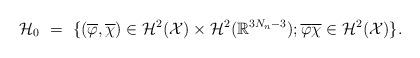
LaTeX: \begin{align*}{\cal H}_0\ =\ \{(\overline{\varphi},\overline{\chi})\in {\cal H}^2({\cal X})\times{\cal H}^2(\mathbb{R}^{3N_n-3}); \overline{\varphi}\overline{\chi}\in {\cal H}^2({\cal X})\} .\end{align*}